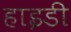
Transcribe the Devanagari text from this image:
हाइडी